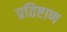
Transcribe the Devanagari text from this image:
प्रतिष्टाण